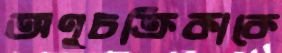
অণুচক্রিকাকে